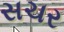
સચર